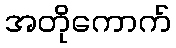
အတိုကောက်